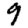
Digit: 9